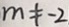
m \neq - 2